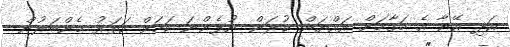
އަދި އޭނާ އެ މަގާމަށް އައްޔަން ކުރަން ނުފެންނަ ކަމަށް ހަތަރު މެންބަރުން